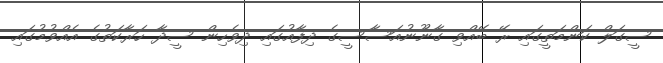
ސީގަލް ކަންމަތީގައި ރޭ ބޭއްވި ގާނޫނުއަސާސީގެ ދިފާއުގައި ދިވެހިން ސީދާ ހަރާކަތުގެ އެއްވުމުގައި